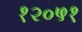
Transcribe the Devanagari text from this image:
१२०५१